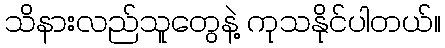
သိနားလည်သူတွေနဲ့ ကုသနိုင်ပါတယ်။